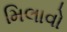
મિલાવો